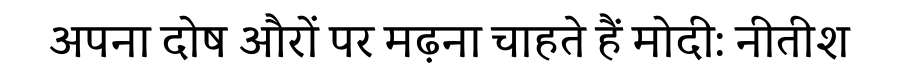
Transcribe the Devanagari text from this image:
अपना दोष औरों पर मढ़ना चाहते हैं मोदी: नीतीश